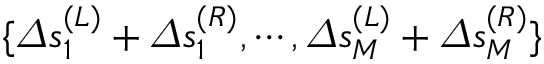
\{ \varDelta s _ { 1 } ^ { ( L ) } + \varDelta s _ { 1 } ^ { ( R ) } , \cdots , \varDelta s _ { M } ^ { ( L ) } + \varDelta s _ { M } ^ { ( R ) } \}